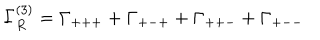
\Gamma _ { R } ^ { ( 3 ) } = \Gamma _ { + + + } + \Gamma _ { + - + } + \Gamma _ { + + - } + \Gamma _ { + -- } \hspace { . 2 i n } .